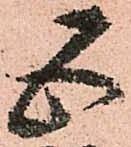
五